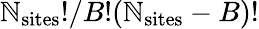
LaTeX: \mathbb{N}_{\mathrm{{sites}}}!/B!(\mathbb{N}_{\mathrm{{sites}}}-B)!